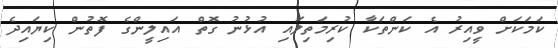
ކަމަކަށް ވީއިރު އެ ކަންތަކާ ކުރިމަތިލައި އުޅުނު ގޮތް އައިލީންގެ ފޮތުން ކިޔައިދެ